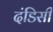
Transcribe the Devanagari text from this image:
दंडिसी